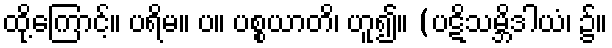
ထို့ကြောင့်။ ပရိမ။ ပ။ ပစ္စယာတိ၊ ဟူ၍။ (ပဋိသမ္ဘိဒါယံ၊ ၌။